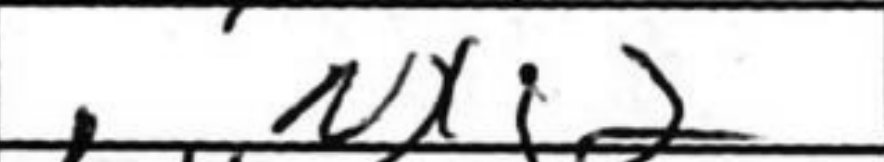
Transcription: Nxf2